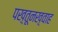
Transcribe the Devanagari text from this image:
पख़्तूनख़्वाह